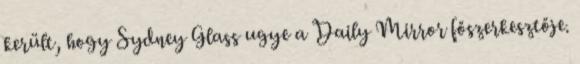
került, hogy Sydney Glass ugye a Daily Mirror főszerkesztője.